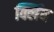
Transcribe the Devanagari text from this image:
क्लिंब